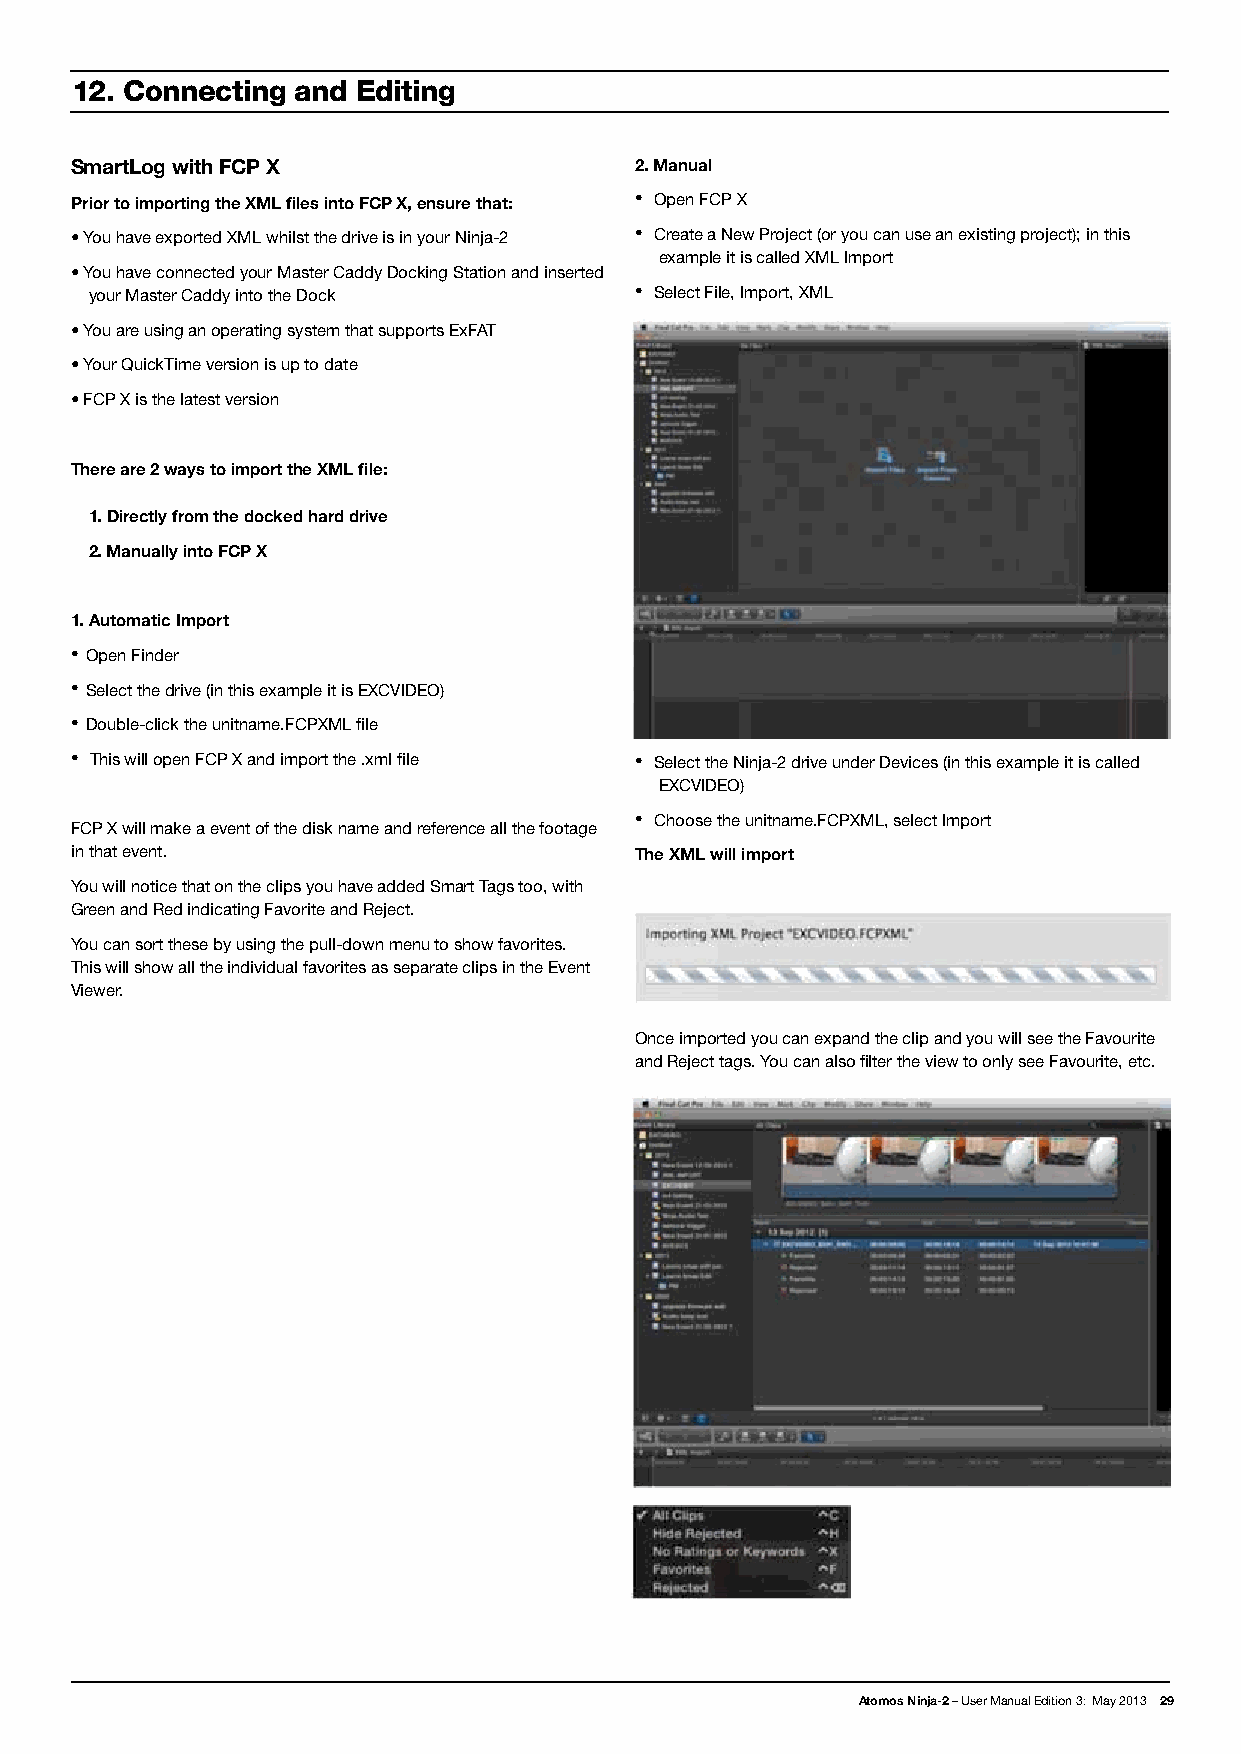
12. Connecting and Editing
 SmartLog with FCP X                  2. Manual
 Prior to importing the XML files into FCP X, ensure that: • Open FCP X
 • You have exported XML whilst the drive is in your Ninja-2 • Create a New Project (or you can use an existing project); in this
 example it is called XML Import
 • You have connected your Master Caddy Docking Station and inserted
 your Master Caddy into the Dock     • Select File, Import, XML
 • You are using an operating system that supports ExFAT
 • Your QuickTime version is up to date
 • FCP X is the latest version
 There are 2 ways to import the XML file:
 1. Directly from the docked hard drive
 2. Manually into FCP X
 1. Automatic Import
 • Open Finder
 • Select the drive (in this example it is EXCVIDEO)
 • Double-click the unitname.FCPXML file
 • This will open FCP X and import the .xml file • Select the Ninja-2 drive under Devices (in this example it is called
 EXCVIDEO)
 • Choose the unitname.FCPXML, select Import
 FCP X will make a event of the disk name and reference all the footage
 in that event.                       The XML will import
 You will notice that on the clips you have added Smart Tags too, with
 Green and Red indicating Favorite and Reject.
 You can sort these by using the pull-down menu to show favorites.
 This will show all the individual favorites as separate clips in the Event
 Viewer.
 Once imported you can expand the clip and you will see the Favourite
 and Reject tags. You can also filter the view to only see Favourite, etc.
 Atomos Ninja-2 – User Manual Edition 3: May 2013 29